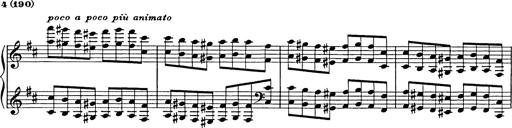
Title: Hungarian Rhapsody No.17
Composer: Franz Liszt
Key: D minor